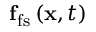
{ \bf f } _ { \mathrm { f s } } \left( { \bf x } , t \right)